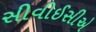
સીવીઈસીએ